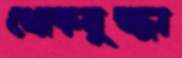
খোকনুজ্জা